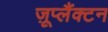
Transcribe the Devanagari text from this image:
ज़ूप्लैंक्टन